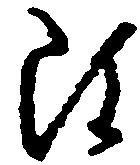
雖